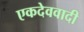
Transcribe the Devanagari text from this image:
एकदेववादी